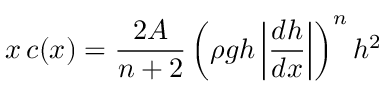
x \, c ( x ) = \frac { 2 { \cal A } } { n + 2 } \left( \rho g h \left| \frac { d h } { d x } \right| \right) ^ { n } h ^ { 2 }